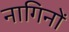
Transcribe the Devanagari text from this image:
नागिनों